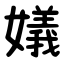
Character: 嬟